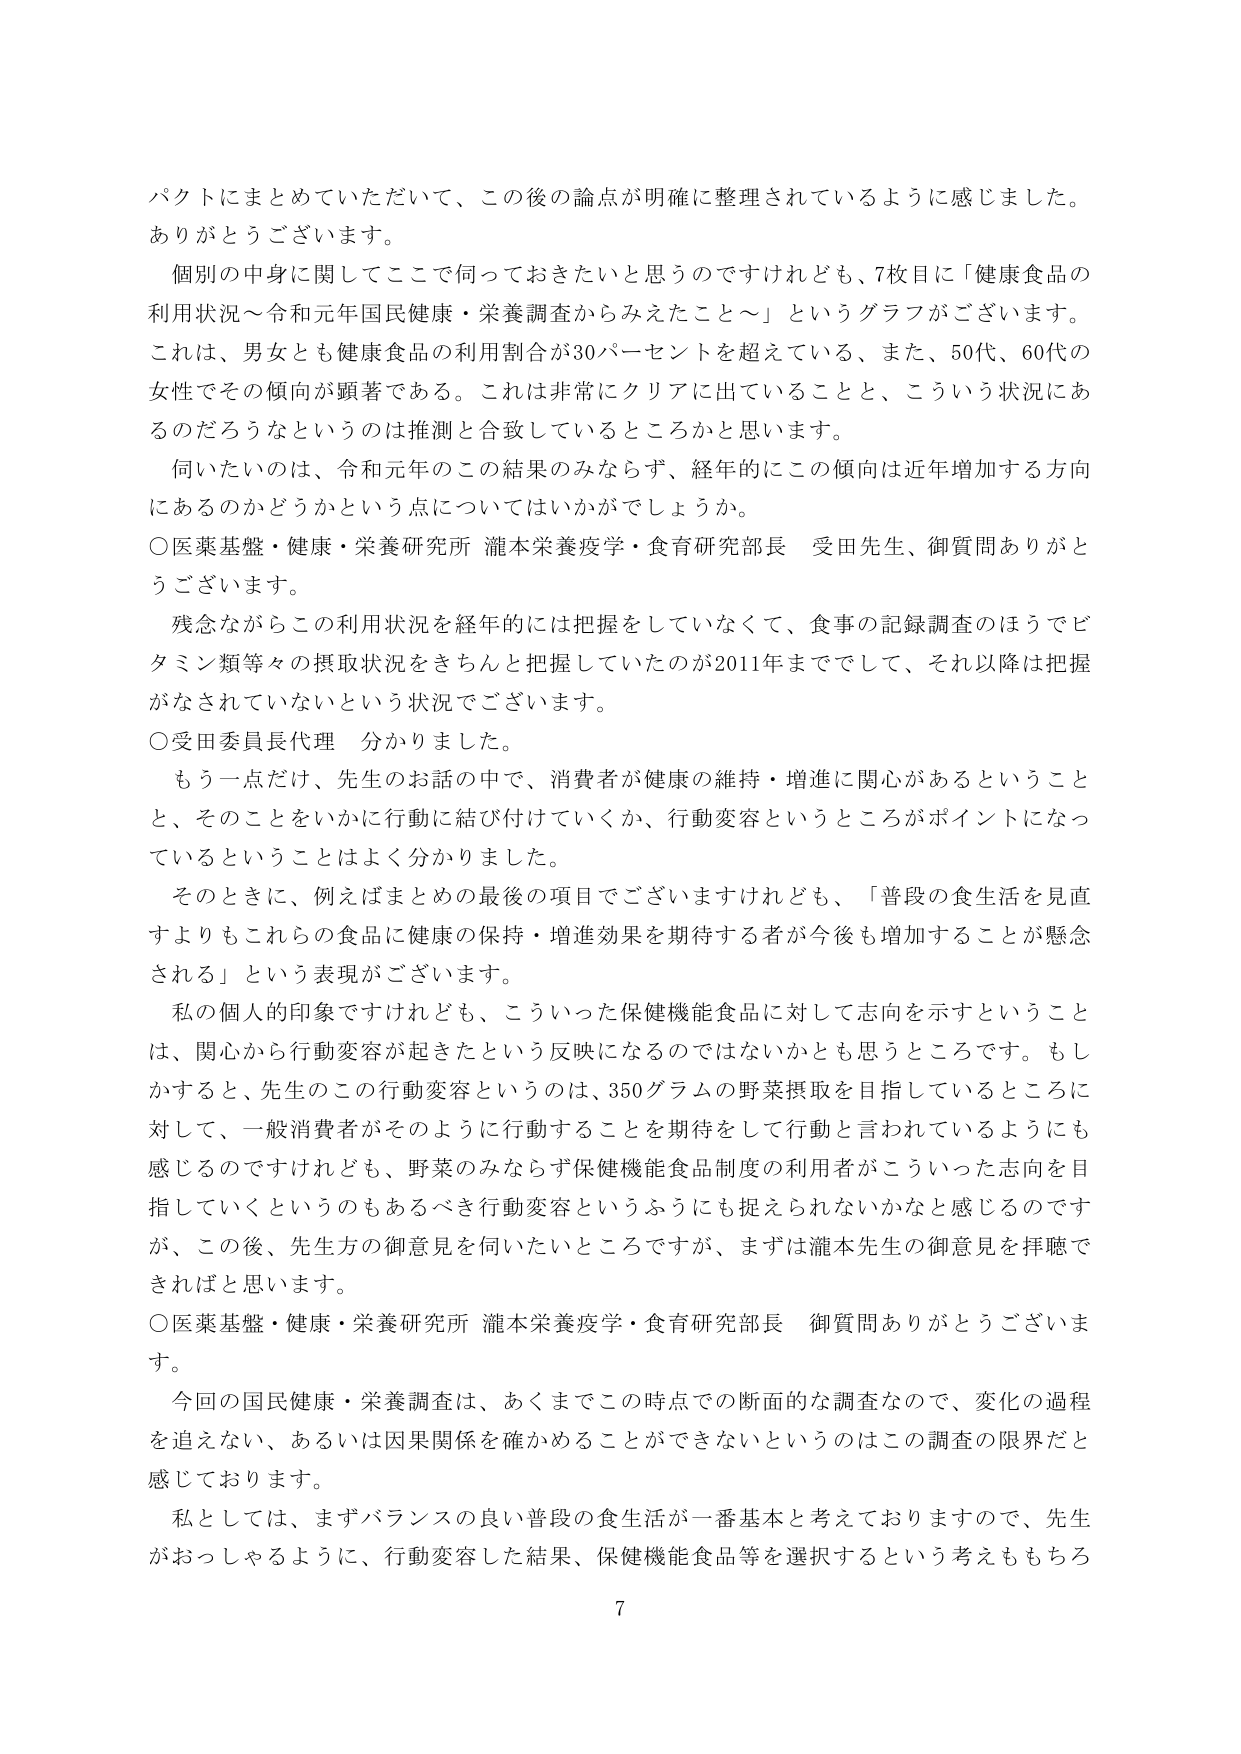
パクトにまとめていただいて、この後の論点が明確に整理されているように感じました。
ありがとうございます。

個別の中身に関してここで伺っておきたいと思うのですけれども、7枚目に「健康食品の
利用状況～令和元年国民健康・栄養調査からみえたこと～」というグラフがございます。
これは、男女とも健康食品の利用割合が30パーセントを超えている、また、50代、60代の
女性でその傾向が顕著である。これは非常にクリアに出ていることと、こういう状況にあ
るのだろうなというのは推測と合致しているところかと思います。

伺いたいのは、令和元年のこの結果のみならず、経年的にこの傾向は近年増加する方向
にあるのかどうかという点についてはいかがでしょうか。

○医薬基盤・健康・栄養研究所 瀧本栄養疫学・食育研究部長 受田先生、御質問ありがとう
ございます。

残念ながらこの利用状況を経年的には把握をしていなくて、食事の記録調査のほうでビ
タミン類等々の摂取状況をきちんと把握していたのが2011年まででして、それ以降は把握
がなされていないという状況でございます。

○受田委員長代理 分かりました。

もう一点だけ、先生のお話の中で、消費者が健康の維持・増進に関心があるということ
と、そのことをいかに行動に結び付けていくか、行動変容というところがポイントになっ
ているということはよく分かりました。

そのときに、例えばまとめの最後の項目でございますけれども、「普段の食生活を見直
すよりもこれら食品に健康の保持・増進効果を期待する者が今後も増加することが懸念
される」という表現がございます。

私の個人的印象ですけれども、こういった保健機能食品に対して志向を示すということ
は、関心から行動変容が起きたという反映になるのではないかとも思うところです。もし
かすると、先生のこの行動変容というのは、350グラムの野菜摂取を目指しているところに
対して、一般消費者がそのように行動することを期待をして行動と言われているようにも
感じるのですけれども、野菜のみならず保健機能食品制度の利用者がこういった志向を目
指していくというのもあるべき行動変容というふうにも捉えられないかなと感じるのです
が、この後、先生方の御意見を伺いたいところですが、まずは瀧本先生の御意見を拝聴で
きればと思います。

○医薬基盤・健康・栄養研究所 瀧本栄養疫学・食育研究部長 御質問ありがとうございます。

今回の国民健康・栄養調査は、あくまでこの時点での断面的な調査なので、変化の過程
を追えない、あるいは因果関係を確かめることができないというのはこの調査の限界だと
感じております。

私としては、まずバランスの良い普段の食生活が一番基本と考えておりますので、先生
がおっしゃるように、行動変容した結果、保健機能食品等を選択するという考えももちろ

7